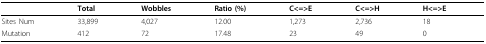
|  | Total | Wobbles | Ratio (%) | C<=>E | C<=>H | H<=>E |
 | --- | --- | --- | --- | --- | --- | --- |
 | Sites Num | 33,899 | 4,027 | 12.00 | 1,273 | 2,736 | 18 |
 | Mutation | 412 | 72 | 17.48 | 23 | 49 | 0 |